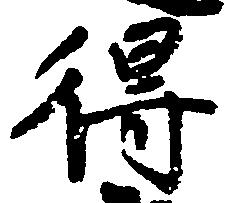
得